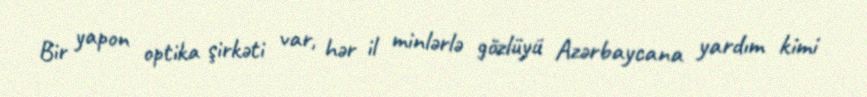
Bir yapon optika şirkəti var, hər il minlərlə gözlüyü Azərbaycana yardım kimi